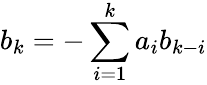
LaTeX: b_{k}=-\sum_{i=1}^{k}a_{i}b_{k-i}